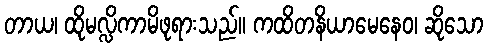
တာယ၊ ထိုမလ္လိကာမိဖုရားသည်။ ကထိတနိယာမေနေဝ၊ ဆိုသော